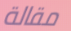
مقالة